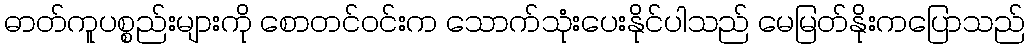
ဓာတ်ကူပစ္စည်းများကို စောတင်ဝင်းက သောက်သုံးပေးနိုင်ပါသည် မေမြတ်နိုးကပြောသည်